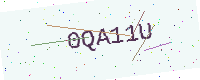
Text: 0QA11U